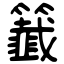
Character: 籖